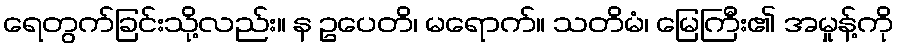
ရေတွက်ခြင်းသို့လည်း။ န ဥပေတိ၊ မရောက်။ သတိမံ၊ မြေကြီး၏ အမှုန့်ကို